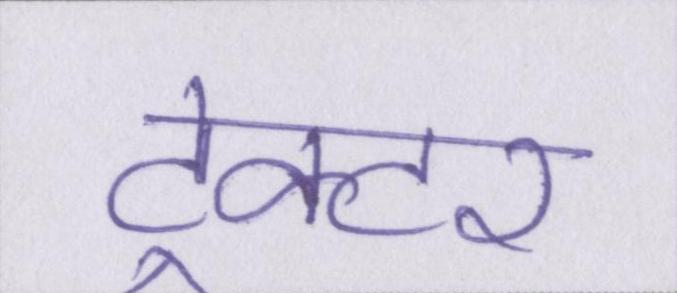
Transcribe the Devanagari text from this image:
ट्रेक्टर